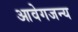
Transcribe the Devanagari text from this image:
आवेगजन्य